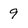
Character: 9